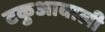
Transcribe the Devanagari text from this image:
टकुआवाली